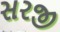
સરજી